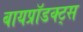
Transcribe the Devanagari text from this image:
बायप्रॉडक्ट्स